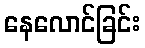
နေလောင်ခြင်း